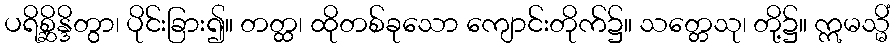
ပရိစ္ဆိန္ဒိတွာ၊ ပိုင်းခြား၍။ တတ္ထ၊ ထိုတစ်ခုသော ကျောင်းတိုက်၌။ သတ္တေသု၊ တို့၌။ ဣမသ္မိံ